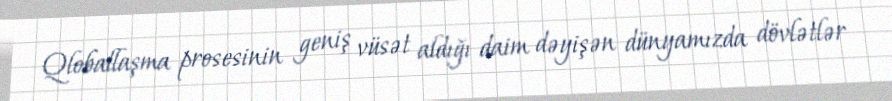
Qloballaşma prosesinin geniş vüsət aldığı daim dəyişən dünyamızda dövlətlər